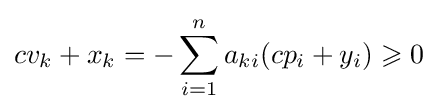
cv_{k}+x_{k}=-\sum _{i=1}^{n}a_{ki}(cp_{i}+y_{i})\geqslant 0